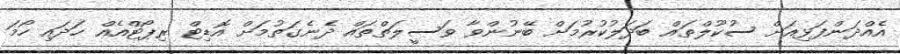
އެއްދަންފަޅިއަށް ސުކޫލްތައް ބަދަލުކުރުމަށް ބޭނުންވާ ވަސީލަތްތައް ދެނެގަތުމަށް އޮޑިޓް ރިޕޯޓްއެއް ހަދައި ހޯމަ